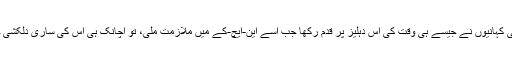
لیکن اس کی کہانیوں نے جیسے ہی وقت کی اس دہلیز پر قدم رکھا جب اسے این-ایچ-کے میں ملازمت ملی، تو اچانک ہی اس کی ساری دلکشی ختم ہو گئی۔